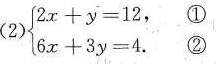
( 2) $$\begin{cases} 2x+y=12, \\\\ 6x+3y=4. \end{cases}$$ ①②